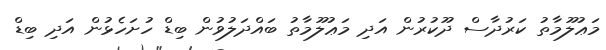
މަޢުލޫމާތު ކަރުދާސް ދޫކުރުން އަދި މަޢުލޫމާތު ބައްދަލުވުން ބިޑް ހުށަހެޅުން އަދި ބިޑް